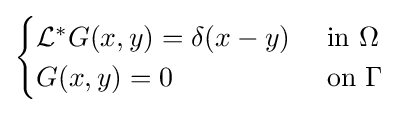
{\begin{cases}{\mathcal {L}}^{*}G(x,y)=\delta (x-y)&{\text{ in }}\Omega \\G(x,y)=0&{\text{ on }}\Gamma \end{cases}}